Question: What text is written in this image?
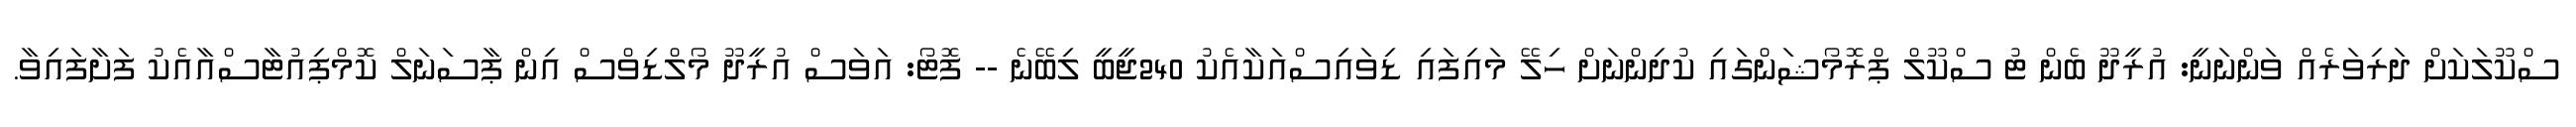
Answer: ސްކޫލަކަށް ދަރިވަރެއް ވަންނަނީ: އުރީދޫ ބެން ޓު ސްކޫލް ޕްރޮމޯޝަންގައި ކުދިންނަށް ހިލޭ މައިފައި ޑިވައިސްއަކާއެކު 240ޖީބީ ލިބޭނެ -- ފޮޓޯ: އަވަސް އުރީދޫ މޯލްޑިވްސް އިން ޕާސަނަލް ކޮމްޕިއުޓާސްއާއެކު ފަށާފައިވާ.